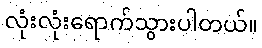
လုံးလုံးရောက်သွားပါတယ်။